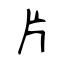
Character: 片